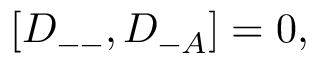
[ { \cal D } _ { -- } , { \cal D } _ { - A } ] = 0 ,